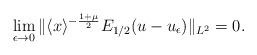
LaTeX: \begin{align*}\lim_{\epsilon\to 0}\|\langle x\rangle^{-\frac{1+\mu}{2}}E_{1/2}(u-u_{\epsilon})\|_{L^2}=0.\end{align*}